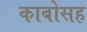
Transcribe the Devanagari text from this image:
काबोसह